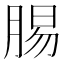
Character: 𮌝